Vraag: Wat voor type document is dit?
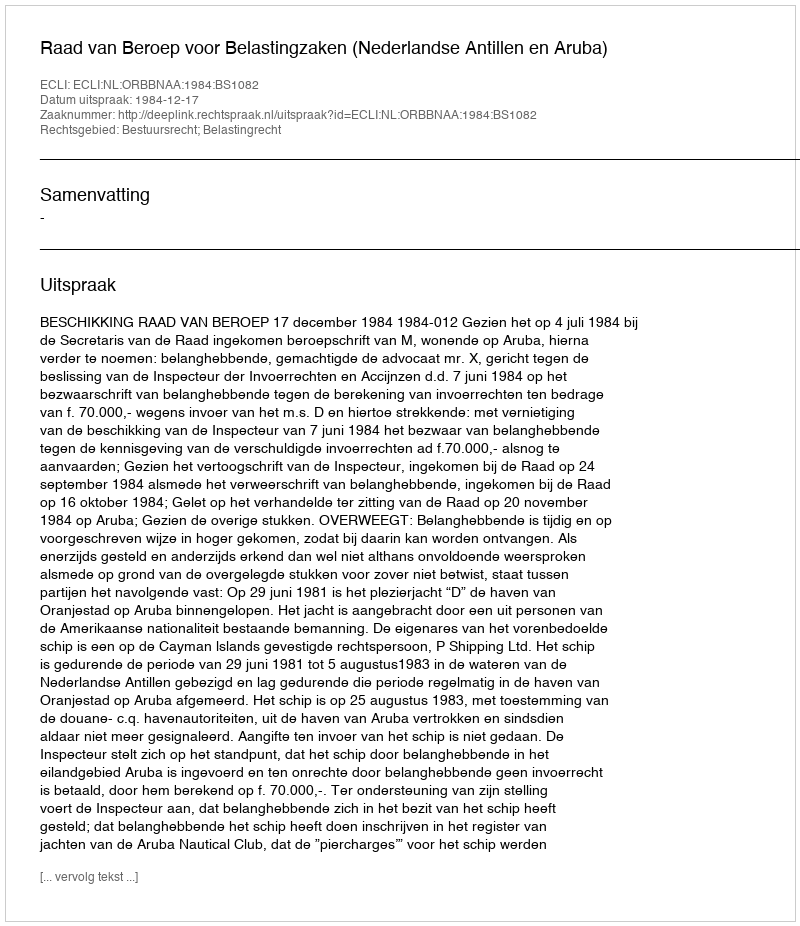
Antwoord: Uitspraak